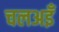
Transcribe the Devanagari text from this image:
चलअइँ